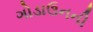
ગોડાઉનની